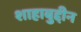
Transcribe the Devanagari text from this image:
शाहाबुद्दीन